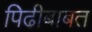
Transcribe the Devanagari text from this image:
पिढीबाबत